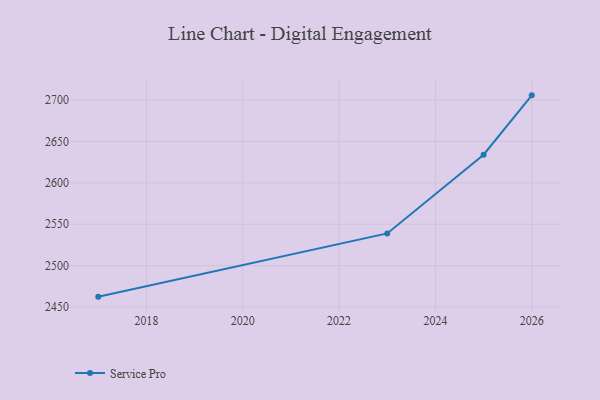
{"axis": {"x": "Year", "y": "Energy Usage (MWh)"}, "legend": ["Service Pro"], "data": [{"x": "2017", "y": 2462.5, "type": "Service Pro"}, {"x": "2023", "y": 2538.9, "type": "Service Pro"}, {"x": "2025", "y": 2634.0, "type": "Service Pro"}, {"x": "2026", "y": 2705.7, "type": "Service Pro"}]}